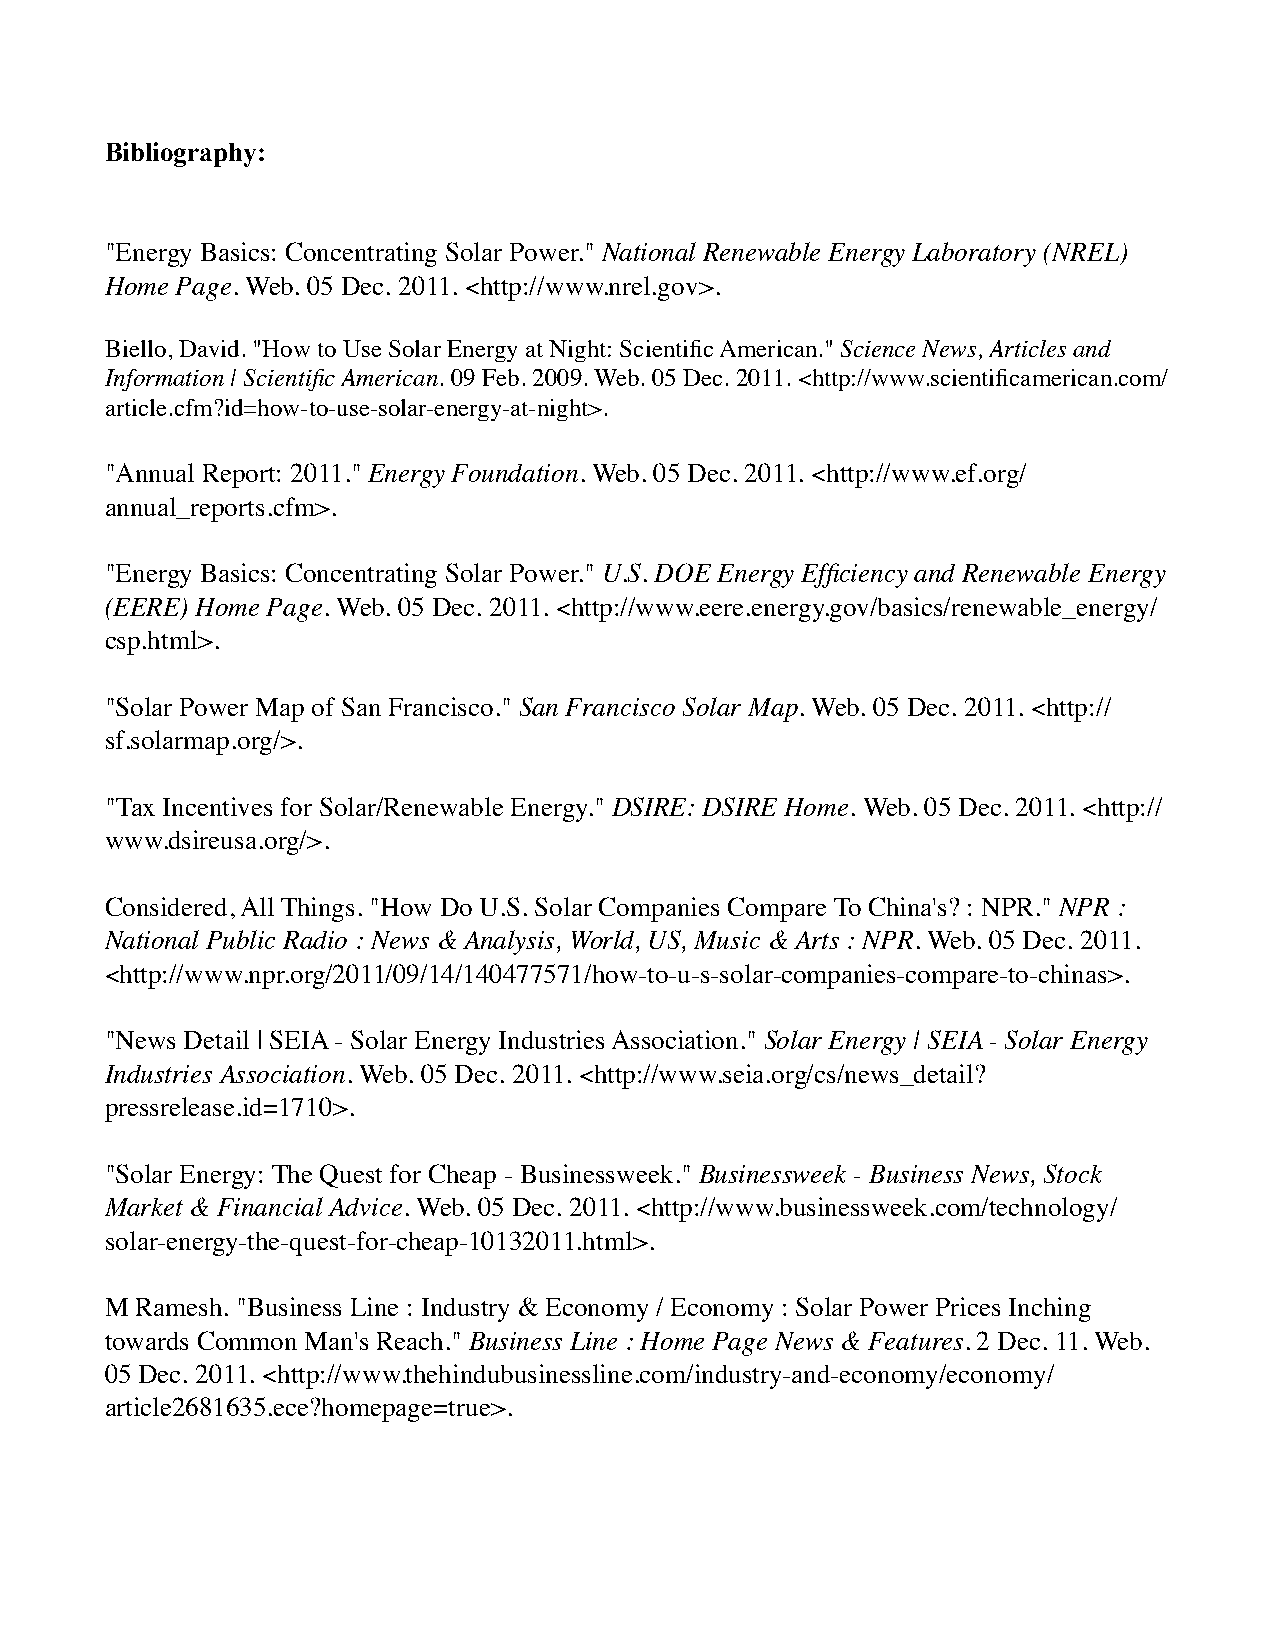
Bibliography:
 "Energy Basics: Concentrating Solar Power." National Renewable Energy Laboratory (NREL)
 Home Page. Web. 05 Dec. 2011. <http://www.nrel.gov>.
 Biello, David. "How to Use Solar Energy at Night: Scientific American." Science News, Articles and
 Information | Scientific American. 09 Feb. 2009. Web. 05 Dec. 2011. <http://www.scientificamerican.com/
 article.cfm?id=how-to-use-solar-energy-at-night>.
 "Annual Report: 2011." Energy Foundation. Web. 05 Dec. 2011. <http://www.ef.org/
 annual_reports.cfm>.
 "Energy Basics: Concentrating Solar Power." U.S. DOE Energy Efficiency and Renewable Energy
 (EERE) Home Page. Web. 05 Dec. 2011. <http://www.eere.energy.gov/basics/renewable_energy/
 csp.html>.
 "Solar Power Map of San Francisco." San Francisco Solar Map. Web. 05 Dec. 2011. <http://
 sf.solarmap.org/>.
 "Tax Incentives for Solar/Renewable Energy." DSIRE: DSIRE Home. Web. 05 Dec. 2011. <http://
 www.dsireusa.org/>.
 Considered, All Things. "How Do U.S. Solar Companies Compare To China's? : NPR." NPR :
 National Public Radio : News & Analysis, World, US, Music & Arts : NPR. Web. 05 Dec. 2011.
 <http://www.npr.org/2011/09/14/140477571/how-to-u-s-solar-companies-compare-to-chinas>.
 "News Detail | SEIA - Solar Energy Industries Association." Solar Energy | SEIA - Solar Energy
 Industries Association. Web. 05 Dec. 2011. <http://www.seia.org/cs/news_detail?
 pressrelease.id=1710>.
 "Solar Energy: The Quest for Cheap - Businessweek." Businessweek - Business News, Stock
 Market & Financial Advice. Web. 05 Dec. 2011. <http://www.businessweek.com/technology/
 solar-energy-the-quest-for-cheap-10132011.html>.
 M Ramesh. "Business Line : Industry & Economy / Economy : Solar Power Prices Inching
 towards Common Man's Reach." Business Line : Home Page News & Features. 2 Dec. 11. Web.
 05 Dec. 2011. <http://www.thehindubusinessline.com/industry-and-economy/economy/
 article2681635.ece?homepage=true>.